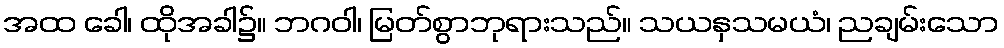
အထ ခေါ၊ ထိုအခါ၌။ ဘဂဝါ၊ မြတ်စွာဘုရားသည်။ သယနှသမယံ၊ ညချမ်းသော